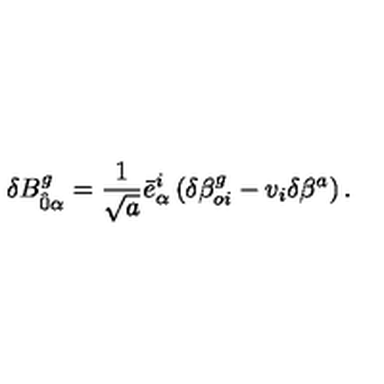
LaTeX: \delta B _ { \hat { 0 } \alpha } ^ { g } = \frac { 1 } { \sqrt { a } } { \bar { e } } _ { \alpha } ^ { i } \left( \delta { \beta } _ { o i } ^ { g } - v _ { i } \delta \beta ^ { a } \right) .